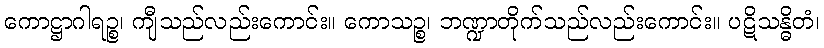
ကောဋ္ဌာဂါရဉ္စ၊ ကျီသည်လည်းကောင်း။ ကောသဉ္စ၊ ဘဏ္ဍာတိုက်သည်လည်းကောင်း။ ပဋိသန္ဓိတံ၊